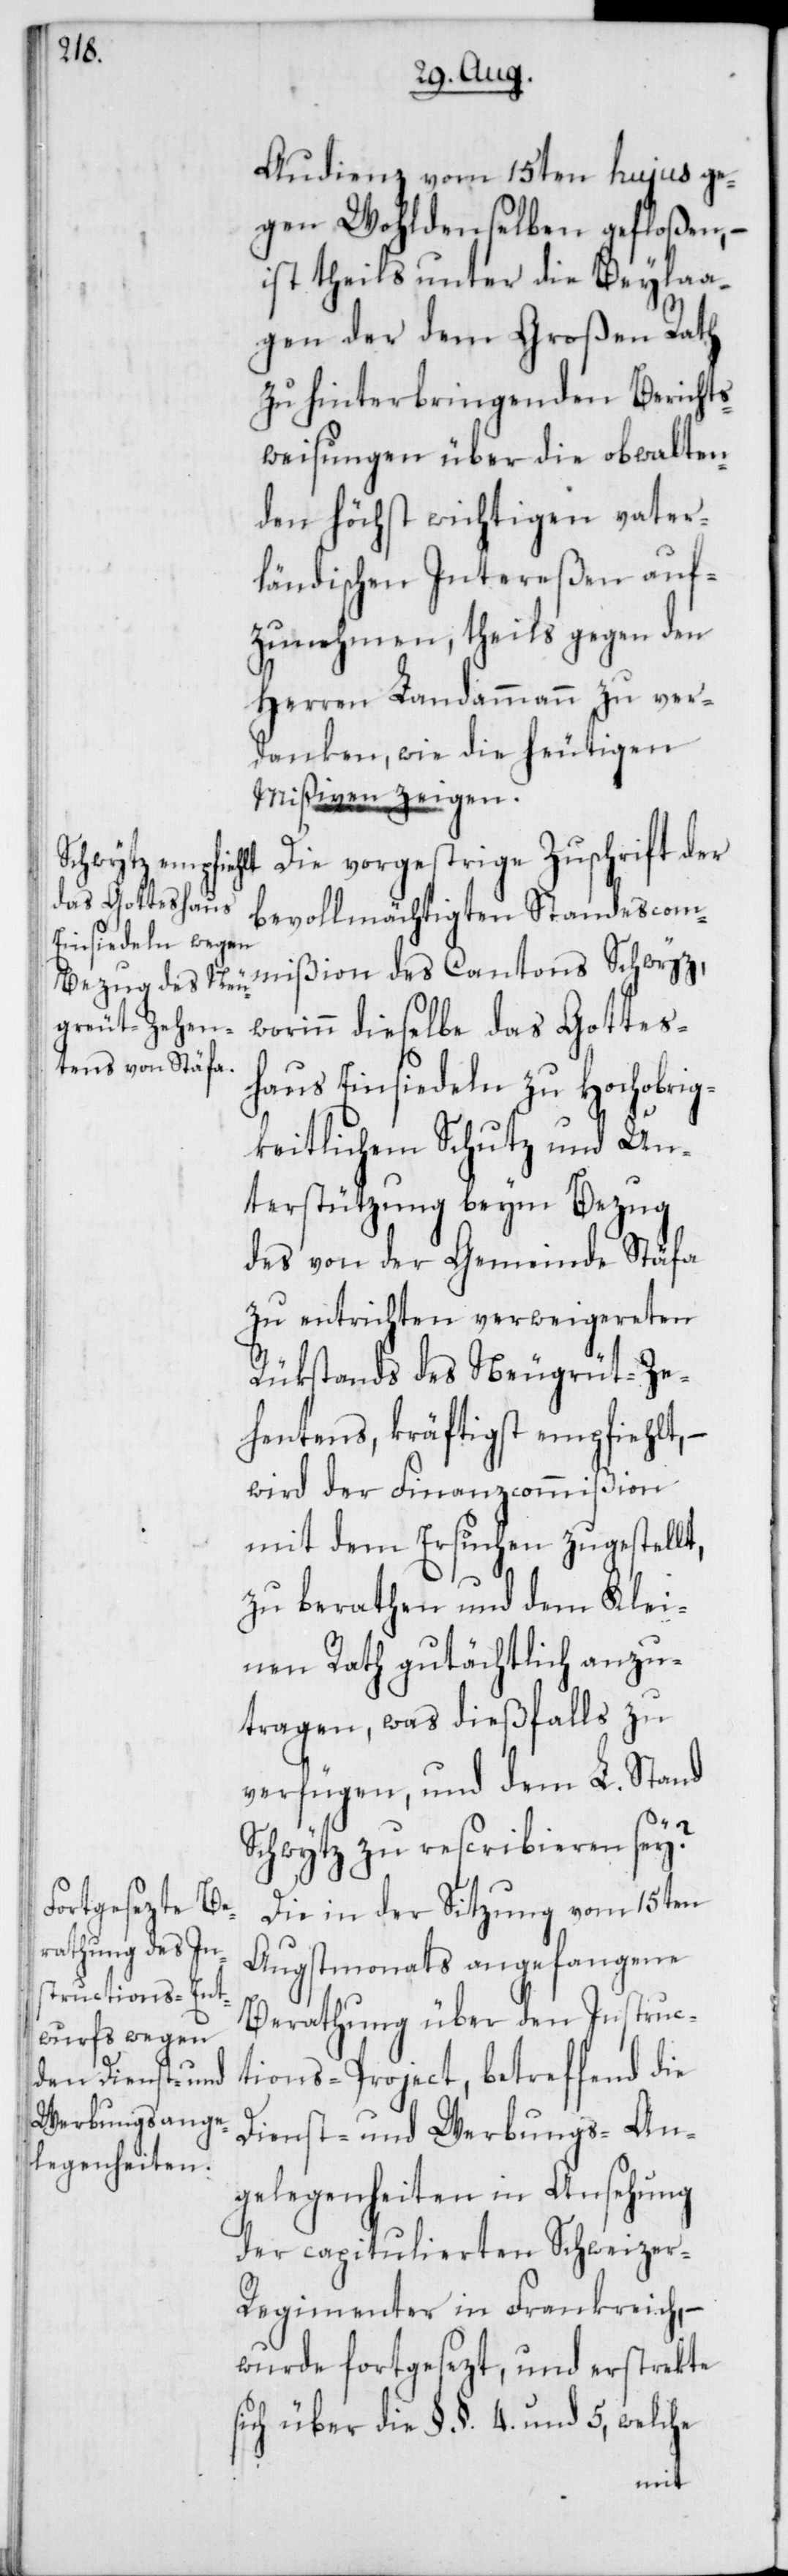
Audienz vom 15ten hujus ge¬
gen Wohldenselben gefloßen, –
ist theils unter die Beylaa¬
gen der dem Großen Rath
zu hinterbringenden Berichts¬
weisung über die obwalten¬
den höchst wichtigen vater¬
ländischen Intereßen auf¬
zunehmen, theils gegen den
Herren Landammann zu ver¬
danken, wie die heutigen
Mißiven zeigen.
mißion des Cantons Schwyz
Standescom¬
worinn dieselbe das Gottes¬
haus Einsiedeln zu Hochobrig¬
keitlichem Schutz und Un¬
terstützung beym Bezug
des von der Gemeinde Stäfa
zu entrichten verweigereten
Rükstands des Neugrüt-Ze¬
hentens, kräftigst empfiehlt, –
wird der Finanzcommißion
mit dem Ersuchen zugestellt,
zu berathen und dem Klei¬
nen Rath gutächtlich anzu¬
tragen, was dießfalls zu
verfügen, und dem L. Stand
Schwytz zu rescribieren sey?
Die in der Sitzung vom 15ten
Augstmonats angefangene
Berathung über den Instruc¬
tions-Project, betreffend die
Dienst- und Werbungs-An¬
gelegenheiten in Ansehung
der capitulierten Schweizer-R¬
egimenter in Frankreich, –
wurde fortgesezt, und erstrekte
sich über die §§ 4. und 5, welche